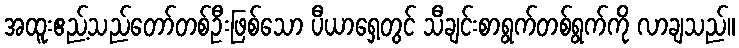
အထူးဧည့်သည်တော်တစ်ဦးဖြစ်သော ပီယာရှေ့တွင် သီချင်းစာရွက်တစ်ရွက်ကို လာချသည်။